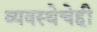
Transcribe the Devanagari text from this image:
व्यवस्थेचेही